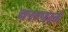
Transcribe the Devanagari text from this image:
वरापलं